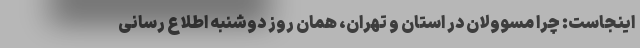
اینجاست: چرا مسوولان در استان و تهران، همان روز دوشنبه اطلاع رسانی